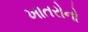
ખાતરોનો